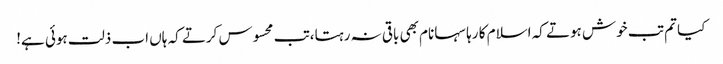
کیا تم تب خوش ہوتے کہ اسلام کا رہا سہا نام بھی باقی نہ رہتا،تب محسوس کرتے کہ ہاں اب ذلت ہوئی ہے!